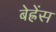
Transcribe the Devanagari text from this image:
बेह्रेंस